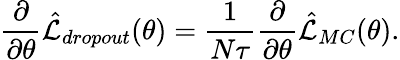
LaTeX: \frac{\partial}{\partial\theta}\hat{\mathcal{L}}_{dropout}(\theta)=\frac{1}{N\tau}\frac{\partial}{\partial\theta}\hat{\mathcal{L}}_{MC}(\theta).